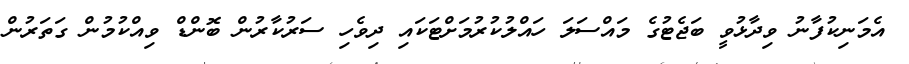
އެމަނިކުފާނު ވިދާޅުވީ ބަޖެޓުގެ މައްސަލަ ހައްލުކުރުމަށްޓަކައި ދިވެހި ސަރުކާރުން ބޮންޑް ވިއްކުމުން ގަތަރުން